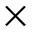
\times